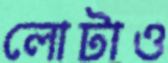
লোটাও